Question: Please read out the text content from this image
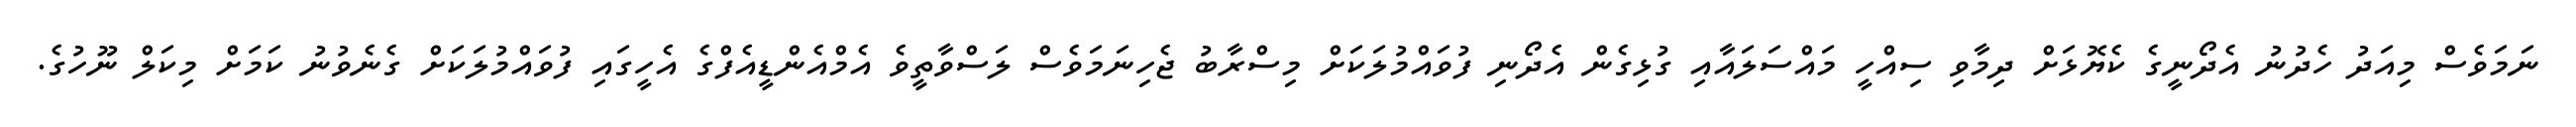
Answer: ނަމަވެސް މިއަދު ހެދުނު އެދޯނީގެ ކެޔޮޅަށް ދިމާވި ސިއްހީ މައްސަލައާއި ގުޅިގެން އެދޯނި ފުވައްމުލަކަށް މިސްރާބު ޖެހިނަމަވެސް ލަސްވާތީވެ އެމްއެންޑީއެފްގެ އެހީގައި ފުވައްމުލަކަށް ގެނެވުނު ކަމަށް މިކަލް ނޫހުގެ.